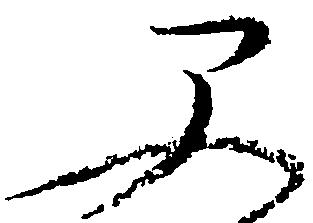
早